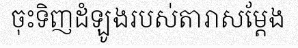
ចុះទិញដំឡូងរបស់តារាសម្តែង